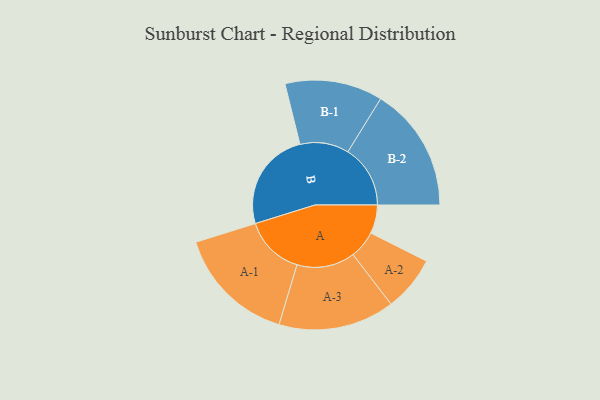
{"axis": {"x": "Segment", "y": "Value"}, "legend": ["", "A", "B"], "data": [{"x": "A", "y": 124, "type": ""}, {"x": "B", "y": 434, "type": ""}, {"x": "A-1", "y": 260, "type": "A"}, {"x": "A-2", "y": 120, "type": "A"}, {"x": "A-3", "y": 252, "type": "A"}, {"x": "B-1", "y": 212, "type": "B"}, {"x": "B-2", "y": 271, "type": "B"}]}